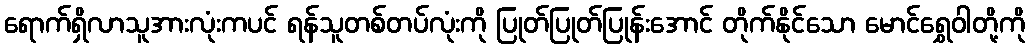
ရောက်ရှိလာသူအားလုံးကပင် ရန်သူတစ်တပ်လုံးကို ပြုတ်ပြုတ်ပြုန်းအောင် တိုက်နိုင်သော မောင်ရွှေဝါတို့ကို